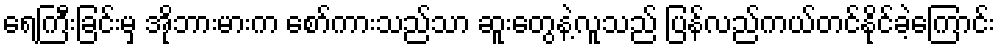
ရေကြီးခြင်းမှ အိုဘားမားက စော်ကားသည်သာ ဆူးတွေနဲ့လူသည် ပြန်လည်ကယ်တင်နိုင်ခဲ့ကြောင်း